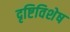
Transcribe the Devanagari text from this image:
दृष्टिविशेष